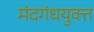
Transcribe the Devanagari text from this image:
मंदगंधयुक्त